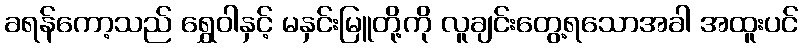
ခရန်ကော့သည် ရွှေဝါနှင့် မနှင်းမြူတို့ကို လူချင်းတွေ့ရသောအခါ အထူးပင်